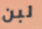
لبن